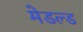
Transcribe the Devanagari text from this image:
मेडल्ड